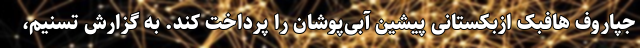
جپاروف هافبک ازبکستانی پیشین آبی‌پوشان را پرداخت کند. به گزارش تسنیم،